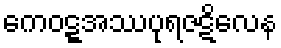
ကေဝဋ္ဋအဿပုရဇဋိလေန